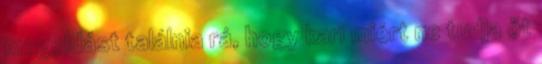
megoldást találnia rá, hogy kari miért ne tudja őt